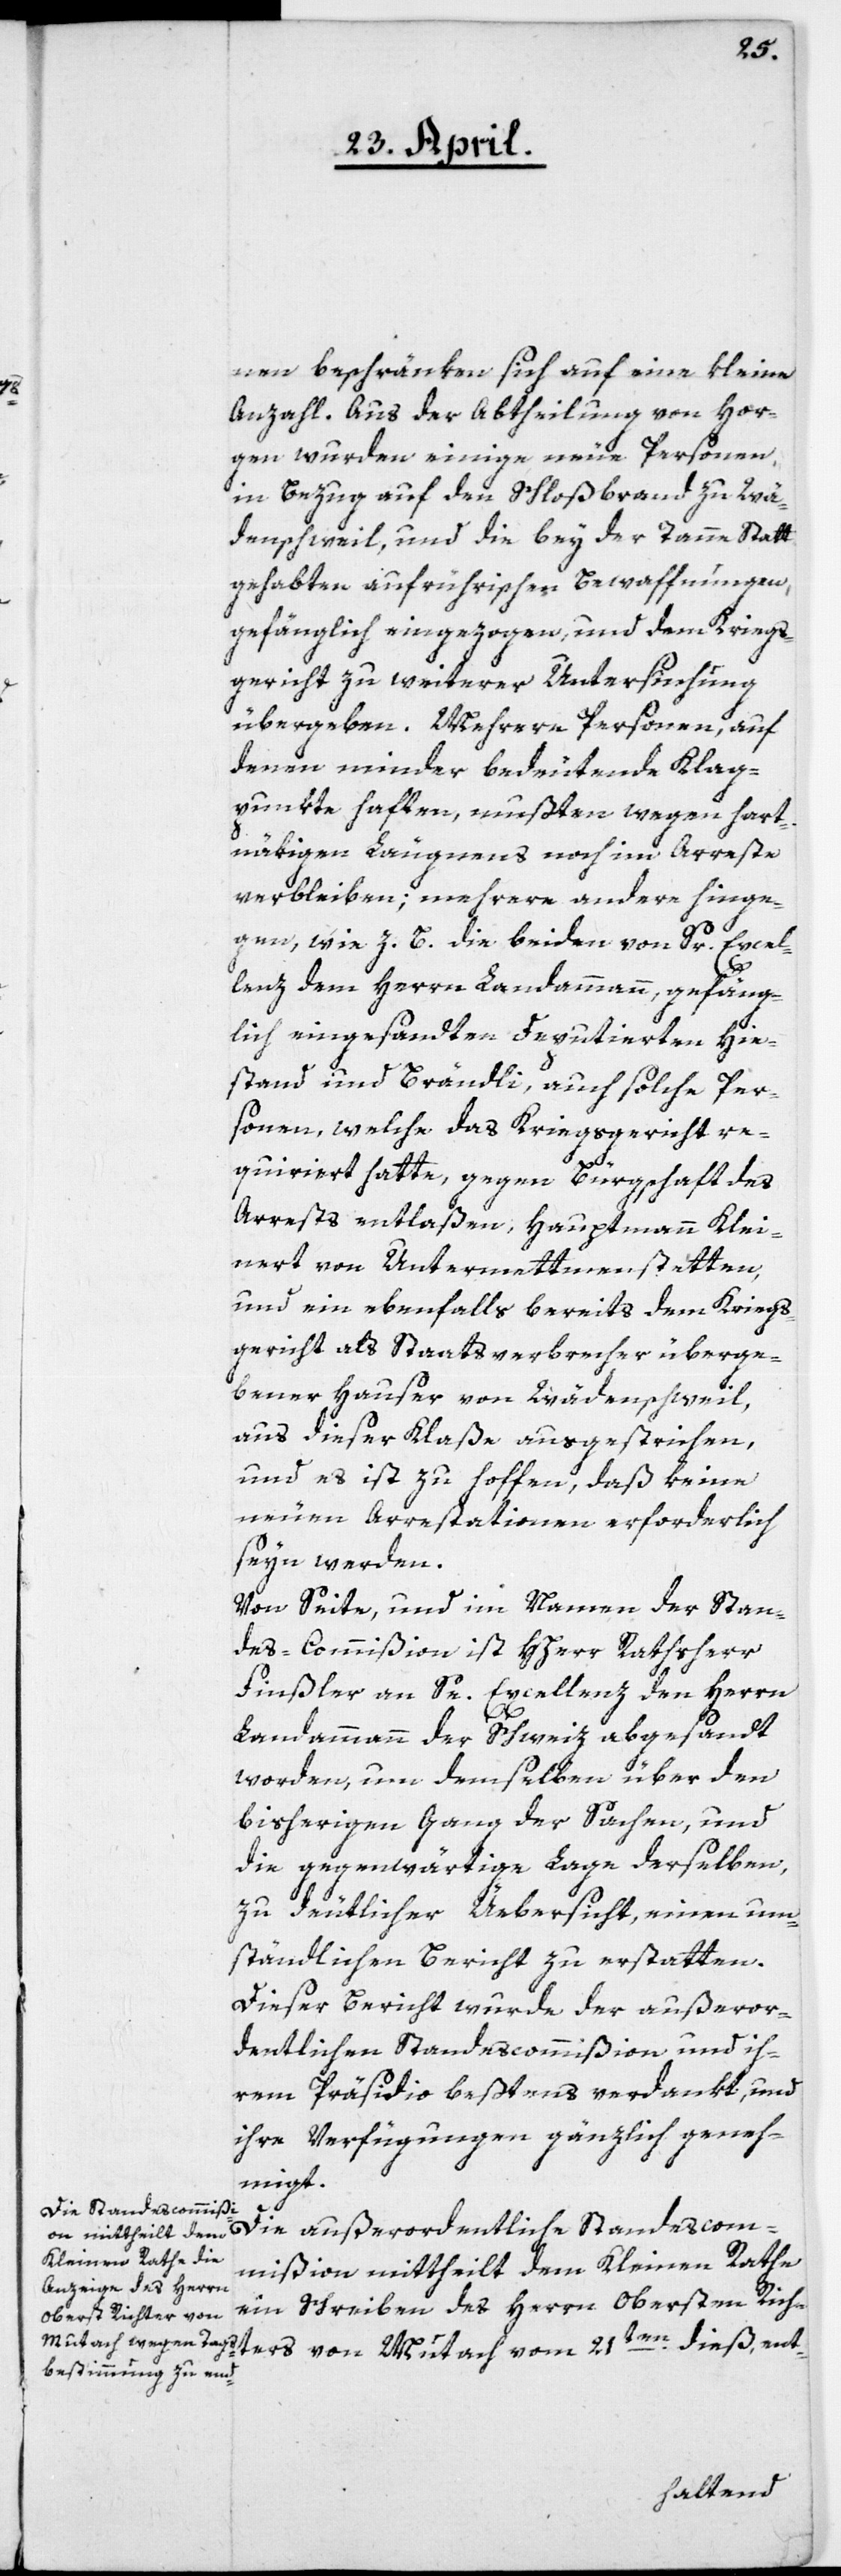
nen beschränken sich auf eine kleine
Anzahl. Aus der Abtheilung von Hor¬
gen wurden einige neue Personen,
in Bezug auf den Schloßbrand zu Wä¬
denschweil, und die bey der Tanne Statt
gehabten aufrührischen Bewaffnungen,
gefänglich eingezogen, und dem Kriegs¬
gericht zu weiterer Untersuchung
übergeben. Mehrere Personen, auf
denen minder bedeutende Klag¬
punkte haften, mußten wegen hart¬
näkigen Leugnens noch in Arreste
verbleiben, mehrere andere hinge¬
gen, wie z. B. die beiden von Sr. Excel¬
lenz dem Herrn Landammann, gefäng¬
lich eingesandten Deputierten Hie¬
stand und Brändli, auch solche Per¬
sonen, welche das Kriegsgericht re¬
quiriert hatte, gegen Bürgschaft des
Arrests entlaßen, Hauptmann Klei¬
nert von Untermettmenstetten,
und ein ebenfalls bereits dem Kriegs¬
gericht als Staatsverbrecher überge¬
bener Hauser von Wädenschweil,
aus dieser Klaße ausgestrichen,
und es ist zu hoffen, daß keine
neuen Arrestationen erforderlich
seyn werden.
Von Seite, und im Namen der Stan¬
des-Commißion ist HHerr Rathsherr
Finßler an Se. Excellenz den Herrn
Landammann der Schweiz abgesandt
worden, um demselben über den
bisherigen Gang der Sachen, und
die gegenwärtige Lage derselben,
zu deutlicher Üebersicht, einen um¬
ständlichen Bericht zu erstatten.
Dieser Bericht wurde der außeror¬
dentlichen Standescommißion und ih¬
rem Präsidio beßtens verdankt, und
ihre Verfügungen gänzlich geneh¬
migt.
Kleinen Rathe e¬
in Schreiben des Herrn Obersten Rich¬
ters von Mutach vom 21ten dieß, ent-